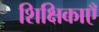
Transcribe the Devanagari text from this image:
शिक्षिकाएँ